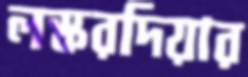
লস্করদিয়ার